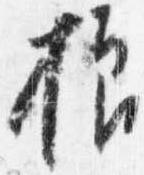
様